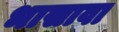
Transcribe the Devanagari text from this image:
भासावा